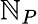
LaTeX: \mathbb{N}_{P}